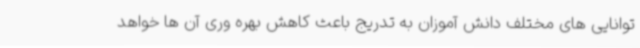
توانایی های مختلف دانش آموزان به تدریج باعث کاهش بهره وری آن ها خواهد